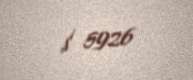
$ 5926